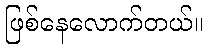
ဖြစ်နေလောက်တယ်။